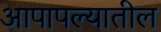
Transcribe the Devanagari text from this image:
आपापल्यातील